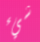
شيء